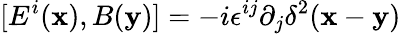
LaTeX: [E^{i}({\mathbf x}),B({\mathbf y})]=-i\epsilon^{ij}\partial_{j}\delta^{2}({\mathbf x}-{\mathbf y})